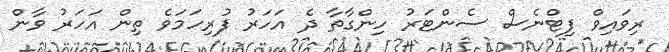
ރިވައިވް ފިޓްނެސް ސެންޓަރު ހިންގާތާ ދެ އަހަރު ފުރިހަމަވެ ތިން އަހަރު ވާން